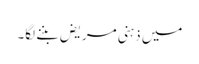
میں ذہنی مریض بننے لگا۔